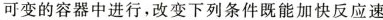
可变的容器中进行，改变下列条件既能加快反应速